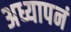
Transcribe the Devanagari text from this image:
अध्यापनं